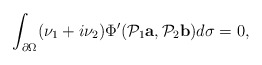
\begin{align*}\int_{\partial\Omega}(\nu_1+i\nu_2)\Phi'(\mathcal P_1 {\mbox{\bf a}},\mathcal P_2 {\mbox{\bf b}})d\sigma=0,\end{align*}